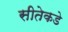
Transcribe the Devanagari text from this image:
सीतेकडे